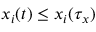
x _ { i } ( t ) \leq x _ { i } ( \tau _ { x } )